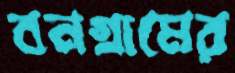
বনগ্রামের